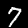
Label: 7